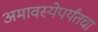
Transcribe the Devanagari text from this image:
अमावस्येपर्यंतचा